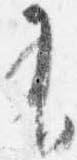
有